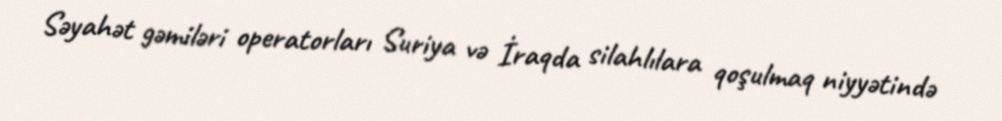
Səyahət gəmiləri operatorları Suriya və İraqda silahlılara qoşulmaq niyyətində